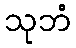
သုဘံ